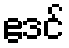
ဧဒင်